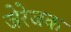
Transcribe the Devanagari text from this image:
जेरेजक